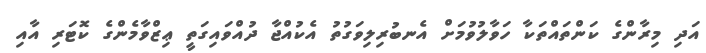
އަދި މިރާންގެ ކަންތައްތަކާ ހަވާލުވުމަށް އެނބުރިލިވަގުތު އެކުއްޖާ ދުއްވައިގަތީ ޢިޒްވާމެންގެ ކޮޓަރި އާއި